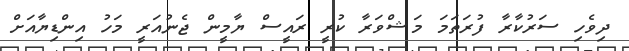
ދިވެހި ސަރުކާރާ ފުރަތަމަ މަޝްވަރާ ކުރީ ރައީސް ޔާމީން ޖެނުއަރީ މަހު އިންޑިޔާއަށް